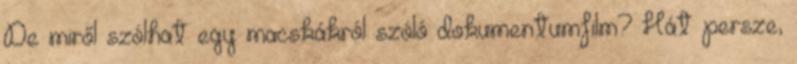
De miről szólhat egy macskákról szóló dokumentumfilm? Hát persze,